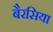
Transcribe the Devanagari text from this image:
बैरसिया